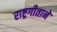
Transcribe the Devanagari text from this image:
राष्ट्रगीताने